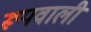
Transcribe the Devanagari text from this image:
रूपवाली